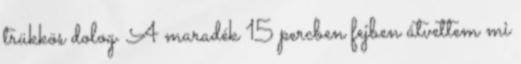
trükkös dolog. A maradék 15 percben fejben átvettem mi